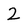
Character: 2